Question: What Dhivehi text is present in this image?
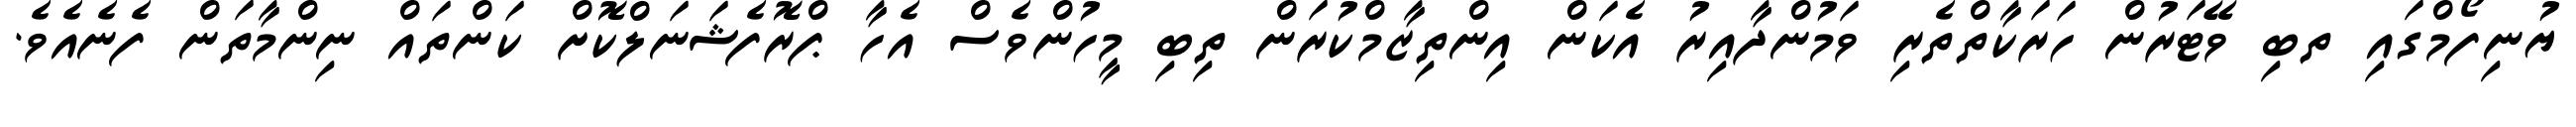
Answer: ޔުނިފޯމްގައި ތބި ވޭޓަރުން ހަރަކާތްތެރި ވަމުންދާއިރު އެކަން އިންތިޒާމްކުރަން ތިބި މީހުންވެސް އެހާ ޕްރޮފެޝަނަލްކޮށް ކަންތައް ނިންމާތަން ފެނެއެވެ.